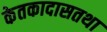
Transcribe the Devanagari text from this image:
केतकादासतथा